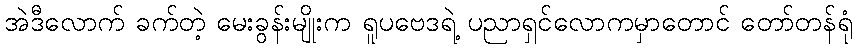
အဲဒီလောက် ခက်တဲ့ မေးခွန်းမျိုးက ရူပဗေဒရဲ့ ပညာရှင်လောကမှာတောင် တော်တန်ရုံ